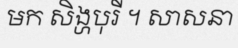
មក សិង្ហបុរី ។ សាសនា